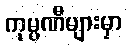
ကုမ္ပဏီများမှာ